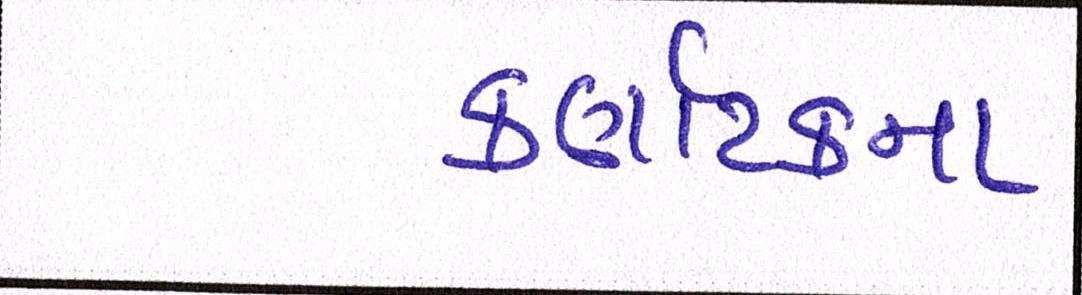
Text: કર્ણાટકના